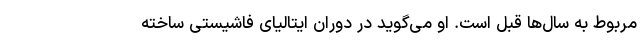
مربوط به سال‌ها قبل است. او می‌گوید در دوران ایتالیای فاشیستی ساخته